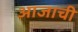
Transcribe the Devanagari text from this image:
आजाची